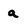
Character: a